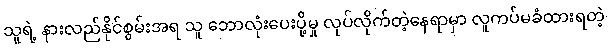
သူရဲ့ နားလည်နိုင်စွမ်းအရ သူ ဘောလုံးပေးပို့မှု လုပ်လိုက်တဲ့နေရာမှာ လူကပ်မခံထားရတဲ့